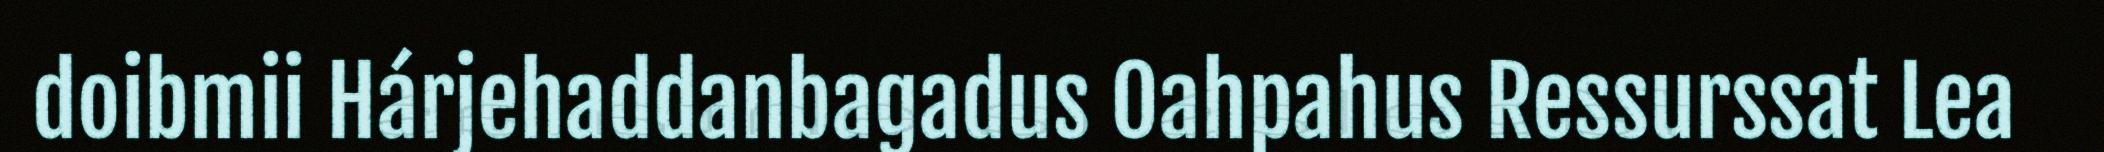
doibmii Hárjehaddanbagadus Oahpahus Ressurssat Lea